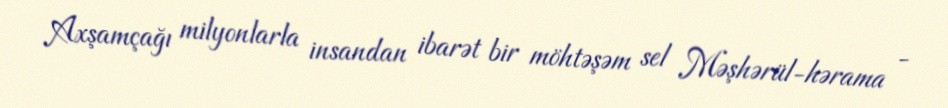
Axşamçağı milyonlarla insandan ibarət bir möhtəşəm sel Məşhərül-hərama -